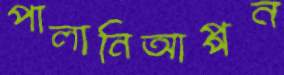
পালানিআপ্পন